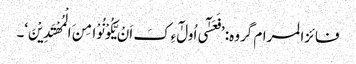
فائزالمرام گروہ: ’فَعَسٰٓی اُولٰٓءِکَ اَنْ یَّکُوْنُوْا مِنَ الْمُھْتَدِیْنَ‘۔